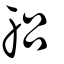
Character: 躳